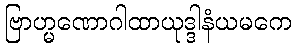
ဗြာဟ္မဏောဂါထာယုဒ္ဒါနံယမကေ